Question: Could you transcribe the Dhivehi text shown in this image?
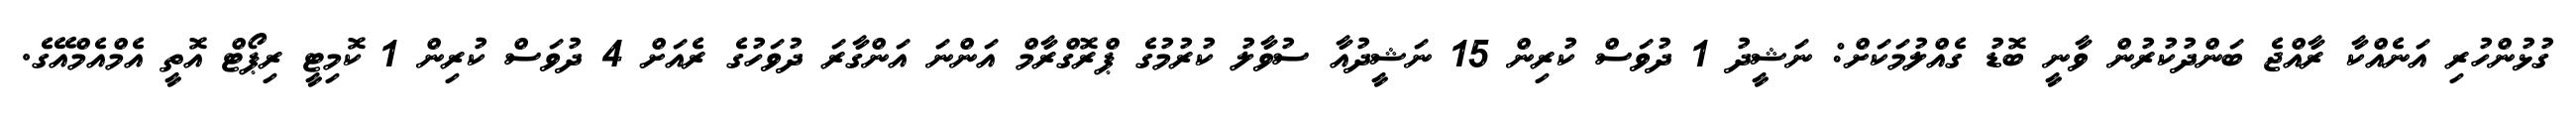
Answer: ގުޅުންހުރި އަނެއްކާ ރާއްޖެ ބަންދުކުރުން ވާނީ ބޮޑު ގެއްލުމަކަށް: ނަޝީދު 1 ދުވަސް ކުރިން 15 ނަޝީދުއާ ސުވާލު ކުރުމުގެ ޕްރޮގްރާމް އަންނަ އަންގާރަ ދުވަހުގެ ރެއަށް 4 ދުވަސް ކުރިން 1 ކޮމިޓީ ރިޕޯޓް އޮތީ އެމްއެމްއޭގެ.